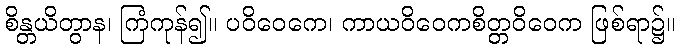
စိန္တယိတွာန၊ ကြံကုန်၍။ ပဝိဝေကေ၊ ကာယဝိဝေကစိတ္တဝိဝေက ဖြစ်ရာ၌။